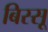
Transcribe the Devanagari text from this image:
बिस्सू